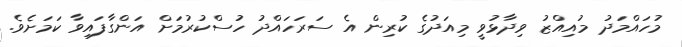
މުހައްމަދު މުއިއްޒު ވިދާޅުވީ މިއަދުގެ ކުރިން އެ ސަރަހައްދު ހުސްކުރުމަށް އަންގާފައިވާ ކަމަށެވެ.